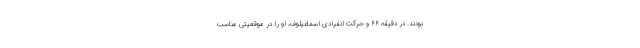
بودند. در دقیقه ۶۶ و حرکت انفرادی اسماعیلوف، او را در موقعیتی مناسب